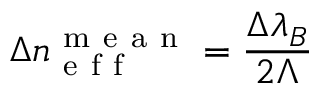
\Delta n _ { \mathrm { ~ e ~ f ~ f ~ } } ^ { \mathrm { ~ m ~ e ~ a ~ n ~ } } = \frac { \Delta \lambda _ { B } } { 2 \Lambda }